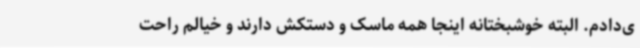
ی‌دادم. البته خوشبختانه اینجا همه ماسک و دستکش دارند و خیالم راحت